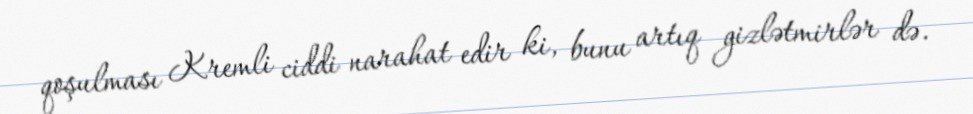
qoşulması Kremli ciddi narahat edir ki, bunu artıq gizlətmirlər də.